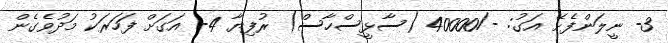
3- ނީލަންފެށޭ އަގު: -/40000 (ސާޅީސްހާސް) ރުފިޔާ 4- އަގަށް ފަހަރަކު މަދުވެގެން